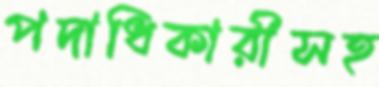
পদাধিকারীসহ